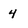
Character: 4